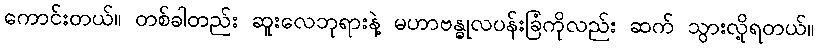
ကောင်းတယ်။ တစ်ခါတည်း ဆူးလေဘုရားနဲ့ မဟာဗန္ဓုလပန်းခြံကိုလည်း ဆက် သွားလို့ရတယ်။